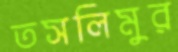
তসলিমুর